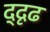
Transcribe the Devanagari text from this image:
द्दृढ